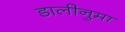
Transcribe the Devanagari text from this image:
डालीनुमा